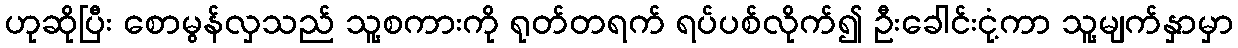
ဟုဆိုပြီး စောမွန်လှသည် သူ့စကားကို ရုတ်တရက် ရပ်ပစ်လိုက်၍ ဦးခေါင်းငုံ့ကာ သူ့မျက်နှာမှာ